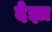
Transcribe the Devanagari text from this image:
देझा